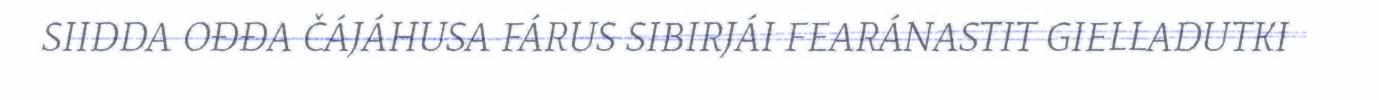
SIIDDA OĐĐA ČÁJÁHUSA FÁRUS SIBIRJÁI FEARÁNASTIT GIELLADUTKI